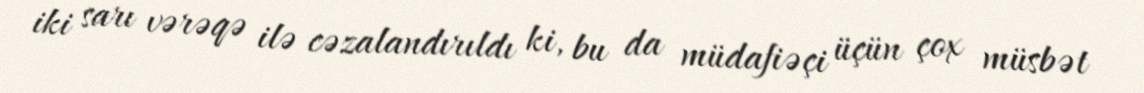
iki sarı vərəqə ilə cəzalandırıldı ki, bu da müdafiəçi üçün çox müsbət